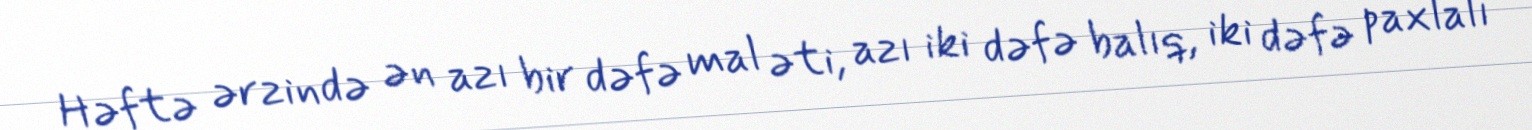
Həftə ərzində ən azı bir dəfə mal əti, azı iki dəfə balıq, iki dəfə paxlalı